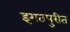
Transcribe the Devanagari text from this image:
इगतपुरीत